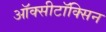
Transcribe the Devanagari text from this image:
ऑक्सीटॉक्सिन